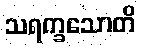
သရက္ခသောတိ